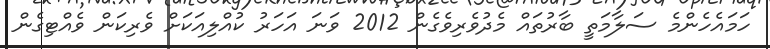
ހަމައެހެންމެ ސަލާމަތީ ބާރުތައް މެދުވެރިވެގެން 2012 ވަނަ އަހަރު ކުއްލިއަކަށް ވެރިކަން ވެއްޓިގެން